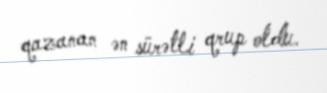
qazanan ən sürətli qrup oldu.